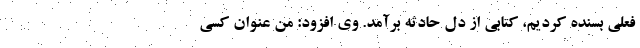
فعلی بسنده کردیم، کتابی از دل حادثه برآمد. وی افزود: من عنوان کسی